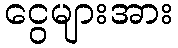
ငွေများအား